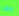
بها